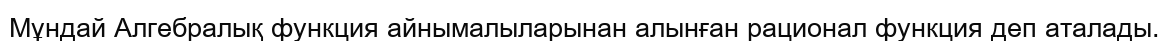
Мұндай Алгебралық функция айнымалыларынан алынған рационал функция деп аталады.